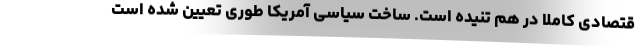
قتصادی کاملا در هم تنیده است. ساخت سیاسی آمریکا طوری تعیین شده است